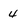
Character: 4